Ambla_Vallakohus, lk 5
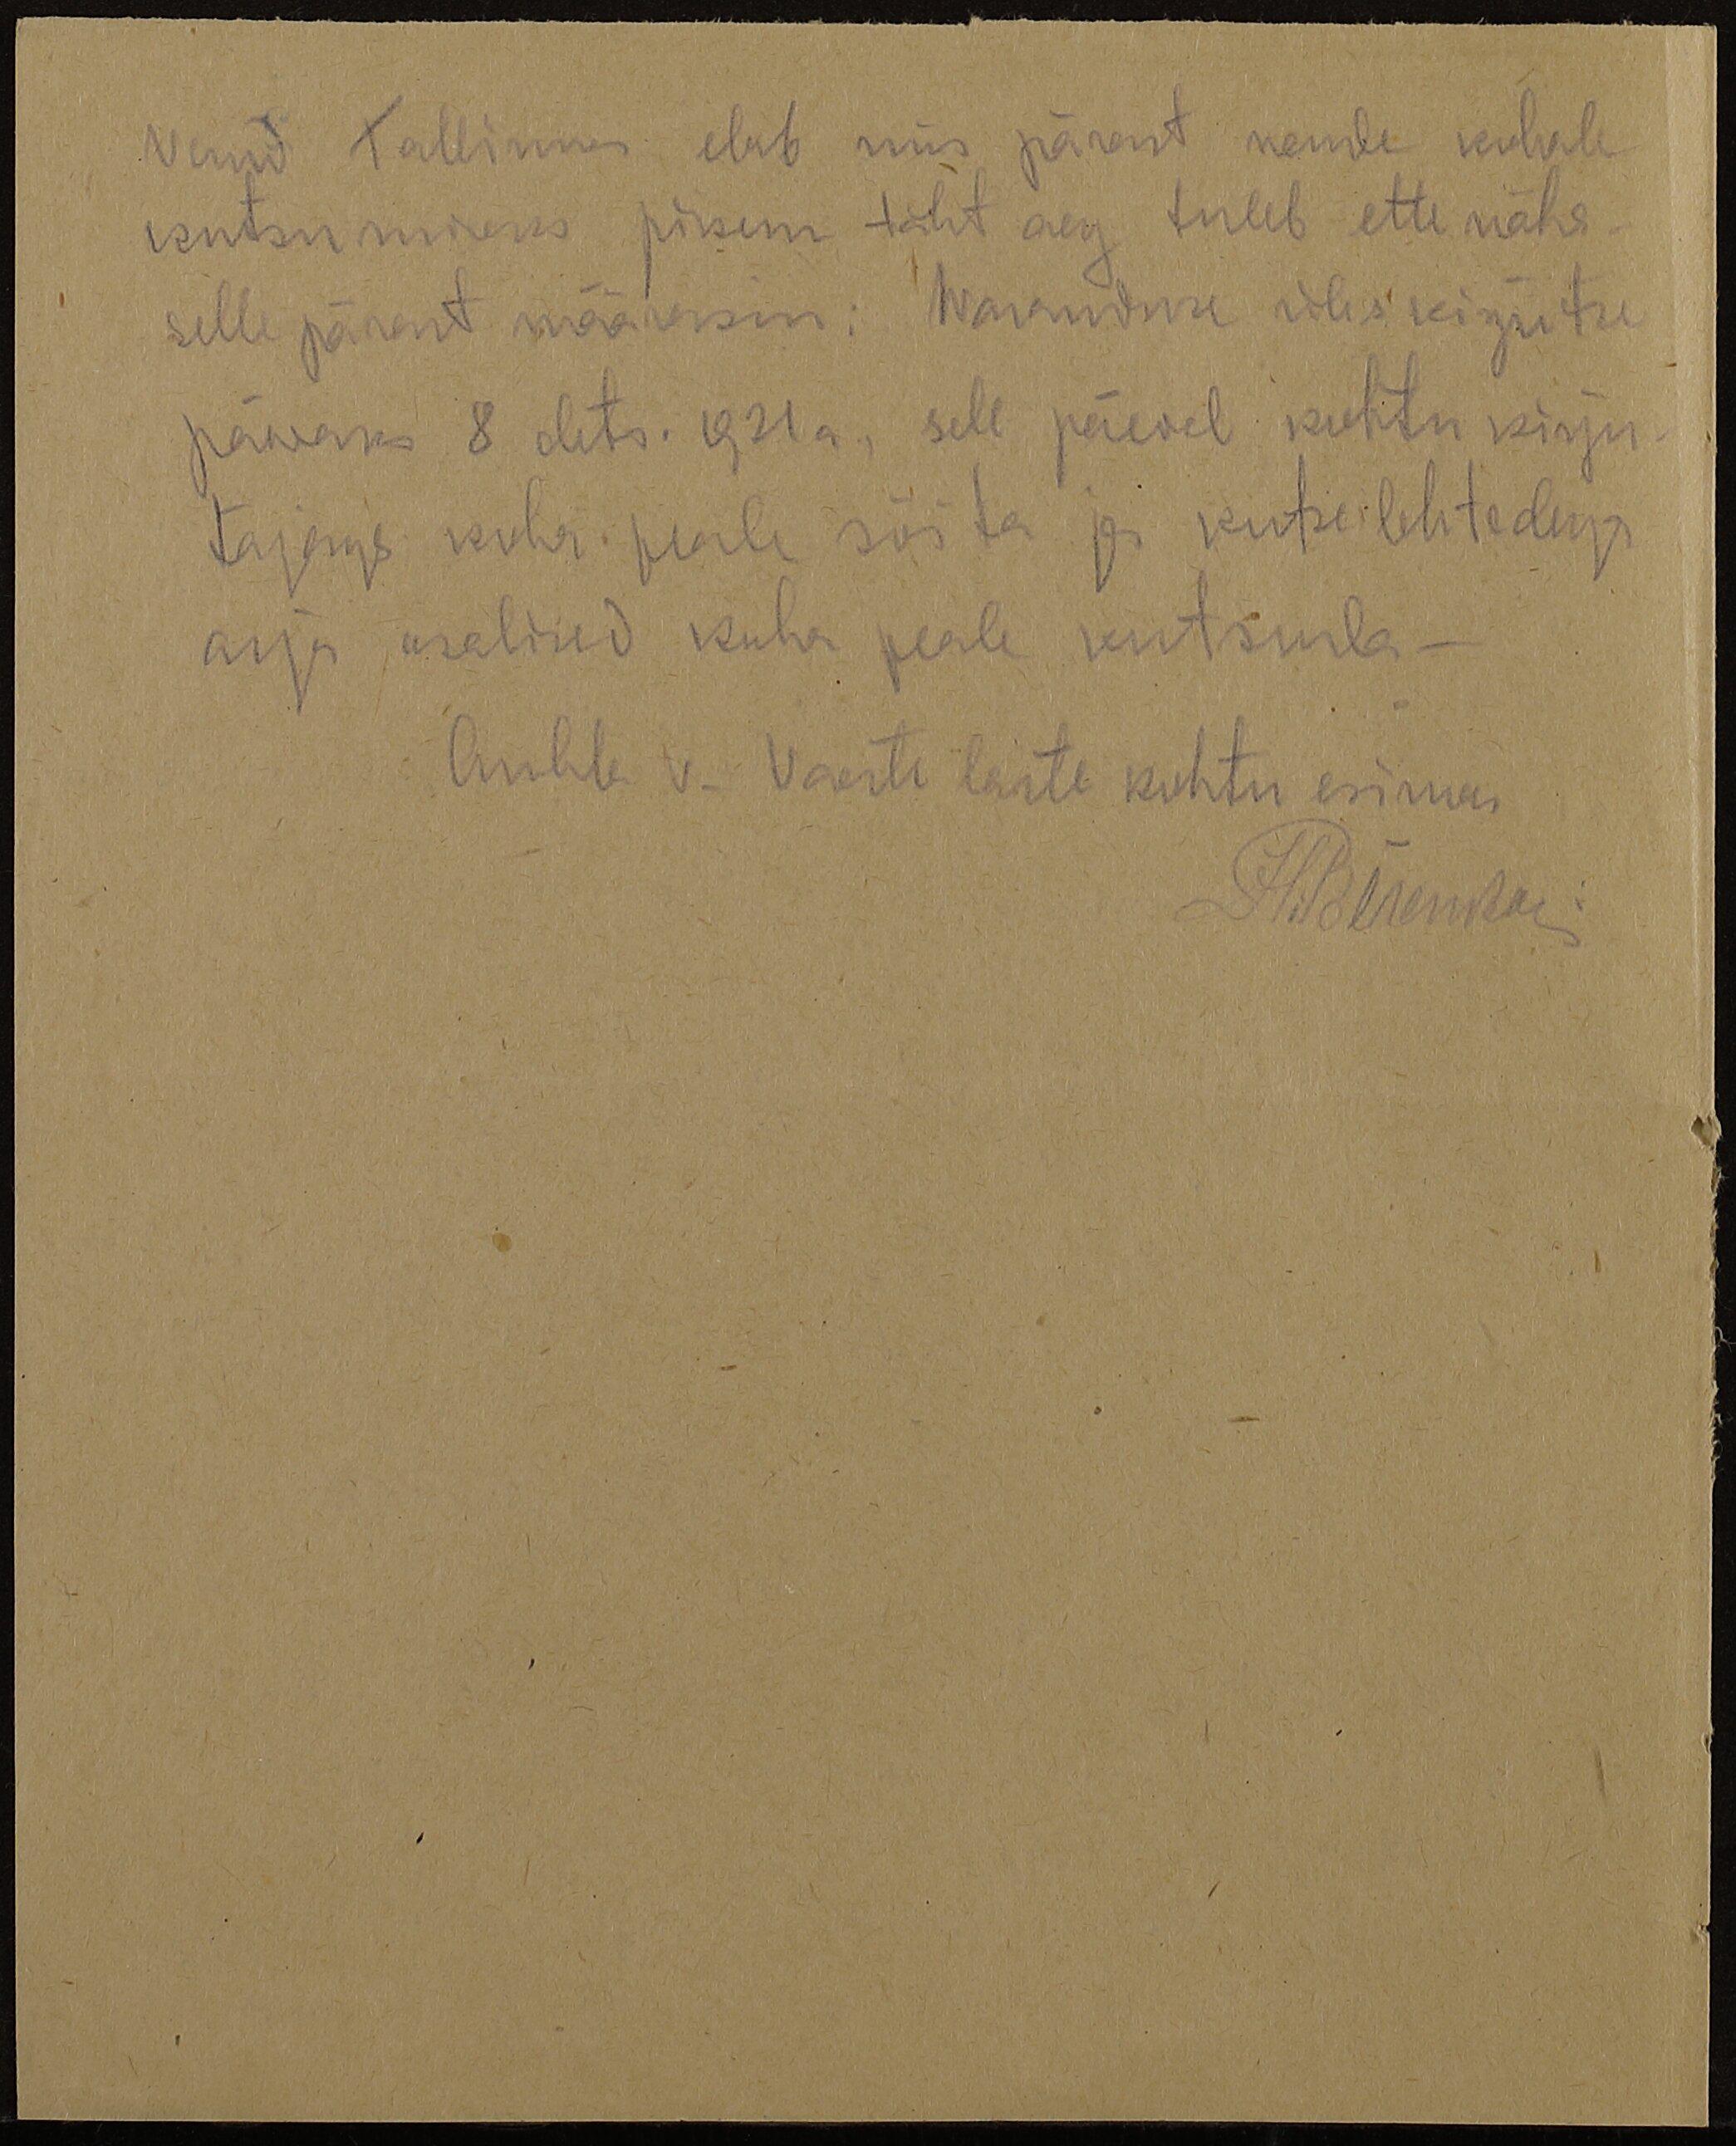
Vend Tallinnas elab mis pärast nende kohale
kutsumiseks pikem tähtaeg tuleb ette näha.
selle pärast määrasin: Waranduse üles kirjutse
päwaks 8 dets. 1921 a. sell päeval kohtu kirju-
tajaga koha peale sõita ja kutselehtedega
asja osalised koha peale kutsuda.
Ambla v. Vaeste laste kohtu esimees
Häärenkai